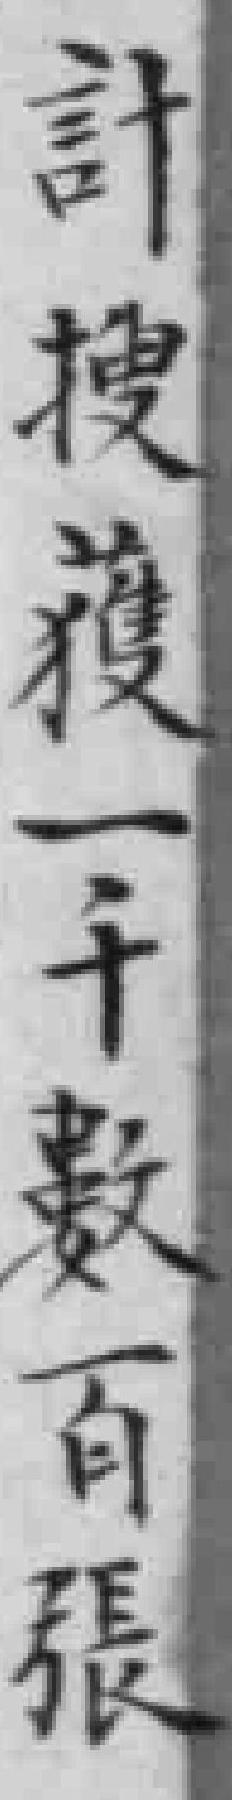
計搜護一千數百張